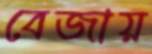
বেজায়